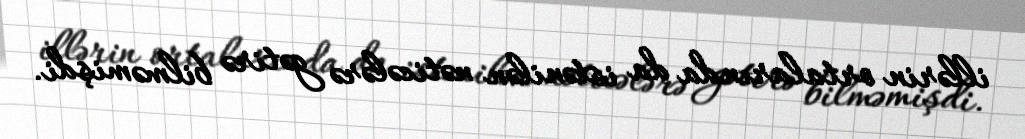
illərin ortalarında da istənilən nəticələrə gətirə bilməmişdi.